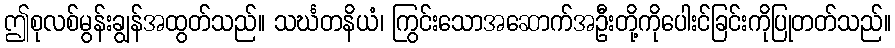
ဤစုလစ်မွန်းချွန်အထွတ်သည်။ သင်္ဃတနိယံ၊ ကြွင်းသောအဆောက်အဦးတို့ကိုပေါးင်ခြင်းကိုပြုတတ်သည်။